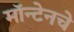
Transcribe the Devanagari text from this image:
मॉन्टेनचे